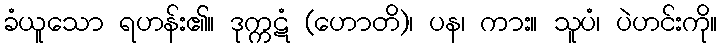
ခံယူသော ရဟန်း၏။ ဒုက္ကဋံ (ဟောတိ)၊ ပန၊ ကား။ သူပံ၊ ပဲဟင်းကို။